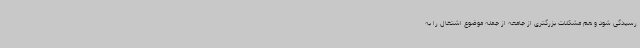
رسیدگی شود و هم مشکلات بزرگتری از جامعه از جمله موضوع اشتغال را به